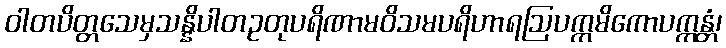
ဝါတပိတ္တသေမှသန္နိပါတဥတုပရိဏာမဝိသမပရိဟာရဩပက္ကမိကောပက္ကန္တံ၊